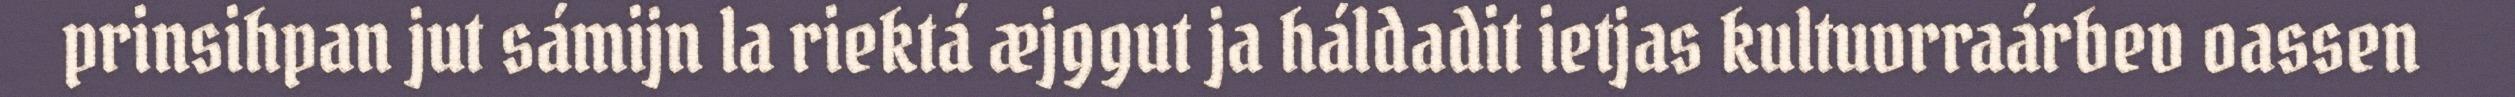
prinsihpan jut sámijn la riektá æjggut ja háldadit ietjas kultuvrraárbev oassen